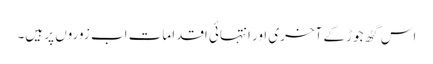
اس گٹھ جوڑ کے آخری اور انتہائی اقدامات اب زوروں پر ہیں۔